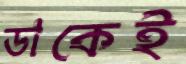
ডাকেই